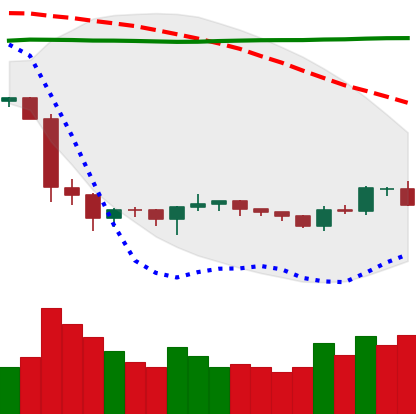
Ticker: BTC-USD
Chart end date: 2019-10-11
Forward return: -3.295%
Label: down_3_5